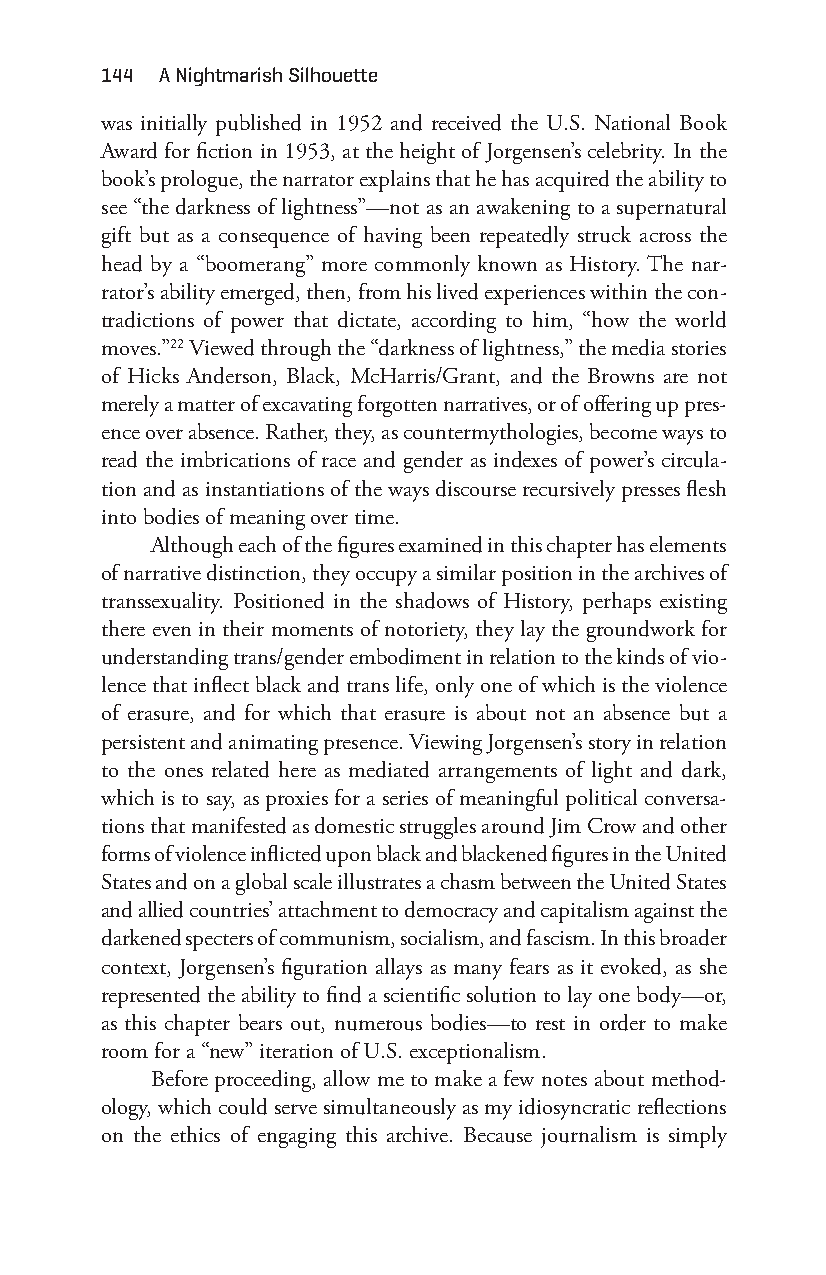
144 a nightmarish Silhouette
 was initially published in 1952 and received the U.S. National Book
 Award for fiction in 1953, at the height of Jorgensen’s celebrity. In the
 book’s prologue, the narrator explains that he has acquired the ability to
 see “the darkness of lightness”—n ot as an awakening to a supernatural
 gift but as a consequence of having been repeatedly struck across the
 head by a “boomerang” more commonly known as History. The nar-
 rator’s ability emerged, then, from his lived experiences within the con-
 tradictions of power that dictate, according to him, “how the world
 moves.”22 Viewed through the “darkness of lightness,” the media stories
 of Hicks Anderson, Black, McHarris/Grant, and the Browns are not
 merely a matter of excavating forgotten narratives, or of offering up pres-
 ence over absence. Rather, they, as countermythologies, become ways to
 read the imbrications of race and gender as indexes of power’s circula-
 tion and as instantiations of the ways discourse recursively presses flesh
 into bodies of meaning over time.
 Although each of the figures examined in this chapter has elements
 of narrative distinction, they occupy a similar position in the archives of
 transsexuality. Positioned in the shadows of History, perhaps existing
 there even in their moments of notoriety, they lay the groundwork for
 understanding trans/gender embodiment in relation to the kinds of vio-
 lence that inflect black and trans life, only one of which is the violence
 of erasure, and for which that erasure is about not an absence but a
 persistent and animating presence. Viewing Jorgensen’s story in relation
 to the ones related here as mediated arrangements of light and dark,
 which is to say, as proxies for a series of meaningful political conversa-
 tions that manifested as domestic struggles around Jim Crow and other
 forms of violence inflicted upon black and blackened figures in the United
 States and on a global scale illustrates a chasm between the United States
 and allied countries’ attachment to democracy and capitalism against the
 darkened specters of communism, socialism, and fascism. In this broader
 context, Jorgensen’s figuration allays as many fears as it evoked, as she
 represented the ability to find a scientific solution to lay one body— or,
 as this chapter bears out, numerous bodies— to rest in order to make
 room for a “new” iteration of U.S. exceptionalism.
 Before proceeding, allow me to make a few notes about method-
 ology, which could serve simultaneously as my idiosyncratic reflections
 on the ethics of engaging this archive. Because journalism is simply
 Snorton.indd 144                            29/09/2017 8:41:06 AM